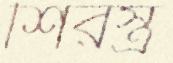
শিরস্ত্র